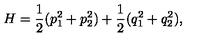
H = \frac { 1 } { 2 } ( p _ { 1 } ^ { 2 } + p _ { 2 } ^ { 2 } ) + \frac { 1 } { 2 } ( q _ { 1 } ^ { 2 } + q _ { 2 } ^ { 2 } ) ,